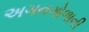
અગનગોળાની